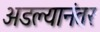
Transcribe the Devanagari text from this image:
अडल्यानंतर